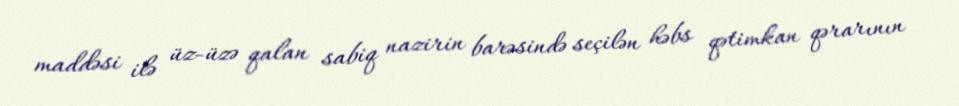
maddəsi ilə üz-üzə qalan sabiq nazirin barəsində seçilən həbs qətimkan qərarının